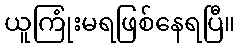
ယူကြုံးမရဖြစ်နေရပြီ။